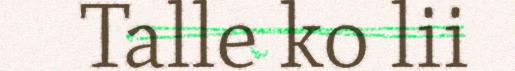
Talle ko lii